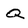
Character: Q